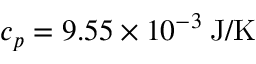
c _ { p } = 9 . 5 5 \times 1 0 ^ { - 3 } \: \mathrm { J / K }